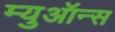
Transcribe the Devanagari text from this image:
म्युऑन्स